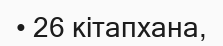
• 26 кітапхана,